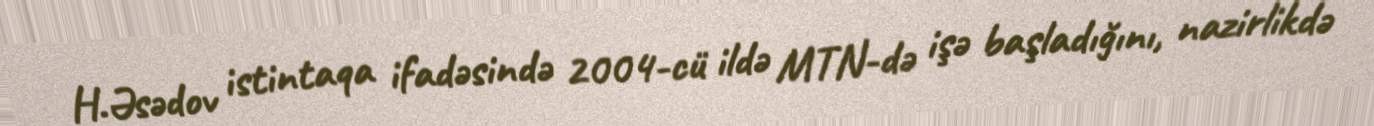
H.Əsədov istintaqa ifadəsində 2004-cü ildə MTN-də işə başladığını, nazirlikdə